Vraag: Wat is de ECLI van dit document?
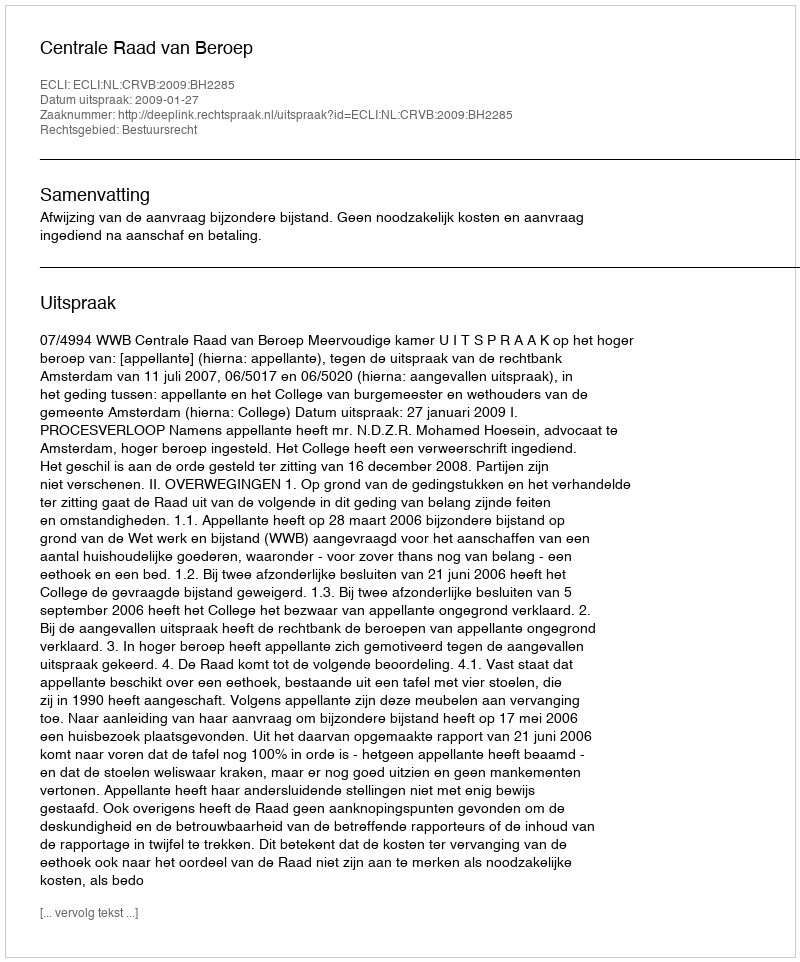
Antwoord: ECLI:NL:CRVB:2009:BH2285